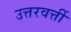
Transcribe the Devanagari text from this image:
उत्तरवर्त्ती